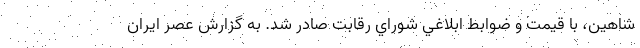
شاهين، با قيمت و ضوابط ابلاغي شوراي رقابت صادر شد. به گزارش عصر ایران